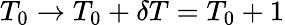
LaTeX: T_{0}\rightarrow T_{0}+\delta T=T_{0}+1